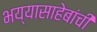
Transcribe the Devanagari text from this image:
भय्यासाहेबांची